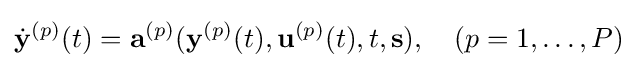
{\dot {\mathbf {y} }}^{(p)}(t)=\mathbf {a} ^{(p)}(\mathbf {y} ^{(p)}(t),\mathbf {u} ^{(p)}(t),t,\mathbf {s} ),\quad (p=1,\ldots ,P)